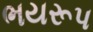
ભયરૂપ